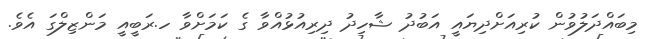
މިބައްދަލުވުން ކުރިއަށްދިޔައީ އަބުދު ޝާހިދު ދިރިއުޅުއްވާ ގެ ކަމަށްވާ ހ.ރަބީއީ މަންޒިލްގަ އެވެ.